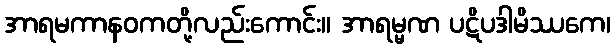
အာရမကာနဝကတို့လည်းကောင်း။ အာရမ္မဏ ပဋိပဒါမိဿကေ၊